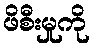
ဖိစီးမှုကို